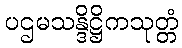
ပဌမသန္ဒိဋ္ဌိကသုတ္တံ